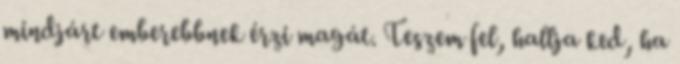
mindjárt emberebbnek érzi magát. Teszem fel, hallja ked, ha